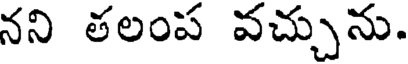
నని తలంప వచ్చును.